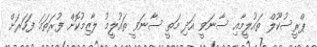
ޕްރީސުކޫލް ތައުލީމާއި ސާނަވީ އަދި މަތީ ސާނަވީ ތައުލީމު ލާޒިމުކޮށް ފުރަތަމަ ފަހަރަށް